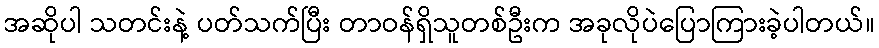
အဆိုပါ သတင်းနဲ့ ပတ်သက်ပြီး တာဝန်ရှိသူတစ်ဦးက အခုလိုပဲပြောကြားခဲ့ပါတယ်။